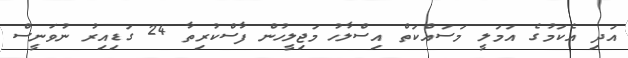
އަދި އެކަމުގެ އަމަލީ މަސައްކަތް އިސްލާހު މަޖިލީހުން ފާސްކުރިތާ 24 ގަޑިއިރު ނުވަނީސް